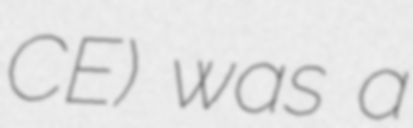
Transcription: CE) was a